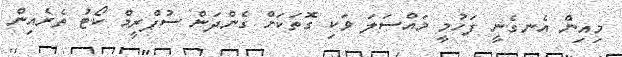
މިއިން އެނގެނީ ފަހުމީ މައްސަލަ ވަކި ގޮތަކަށް ގެންދަން ސުޕްރީމް ކޯޓު ތެރެއިން